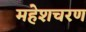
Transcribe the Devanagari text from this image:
महेशचरण